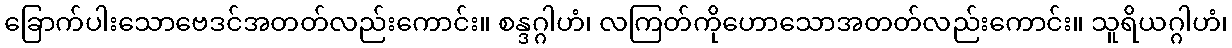
ခြောက်ပါးသောဗေဒင်အတတ်လည်းကောင်း။ စန္ဒဂ္ဂါဟံ၊ လကြတ်ကိုဟောသောအတတ်လည်းကောင်း။ သူရိယဂ္ဂါဟံ၊